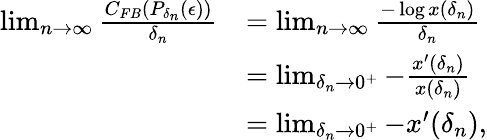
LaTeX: \begin{array}{rl}{\operatorname*{lim}_{n\to\infty}\frac{C_{FB}(P_{\delta_{n}}(\epsilon))}{\delta_{n}}}&{=\operatorname*{lim}_{n\to\infty}\frac{-\log x(\delta_{n})}{\delta_{n}}}\\ &{=\operatorname*{lim}_{\delta_{n}\to 0^{+}}-\frac{x^{\prime}(\delta_{n})}{x(\delta_{n})}}\\ &{=\operatorname*{lim}_{\delta_{n}\to 0^{+}}-x^{\prime}(\delta_{n}),}\end{array}